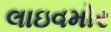
લાઇવમોર